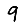
Digit: 9